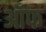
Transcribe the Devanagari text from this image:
ऑफ